Mental hospitals Bombay report 1921-28 - 1921-1928
Year: 1921
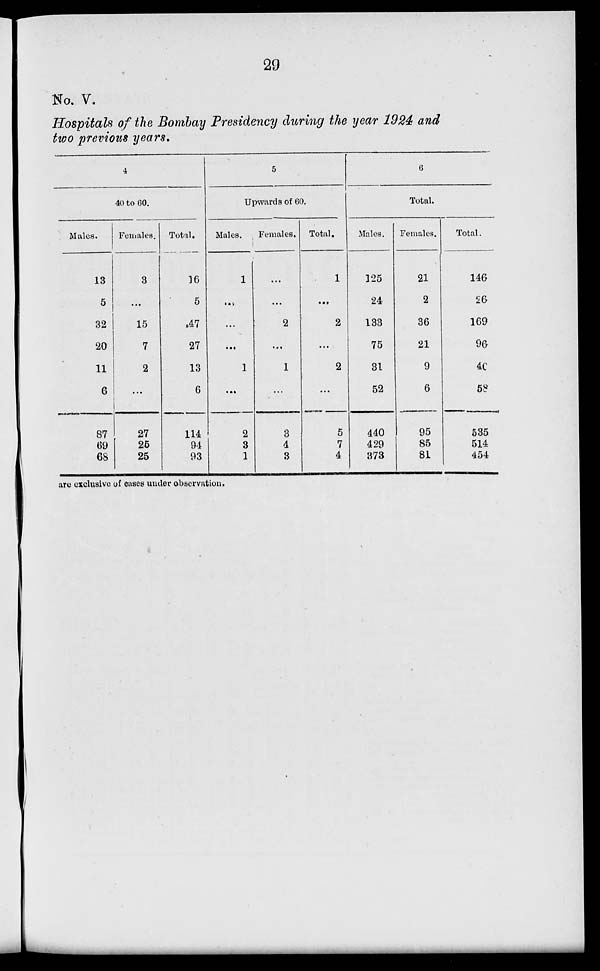
29
No. V.
Hospitals of the Bombay Presidency during the year 1924 and
two previous years.
4
40 to 60.
Males.
13
5
32
20
11
6
87
69
68
Females.
3
...
15
7
2
...
27
25
25
Total.
16
5
47
27
13
6
114
94
93
5
Upwards of 60.
Males.
1
...
...
...
1
...
2
3
1
Females.
...
...
2
...
1
...
3
4
3
Total.
1
...
2
...
2
...
5
7
4
6
Total.
Males.
125
24
133
75
31
52
440
429
373
Females.
21
2
36
21
9
6
95
85
81
Total.
146
26
169
96
40
58
535
514
454
are exclusive of cases under observation.